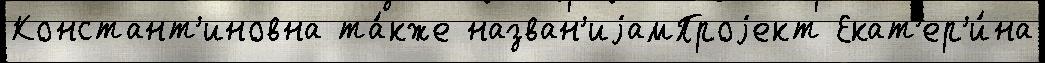
Констант'иновна та́кже назван'иjамПроjект Екат'ер'и́на